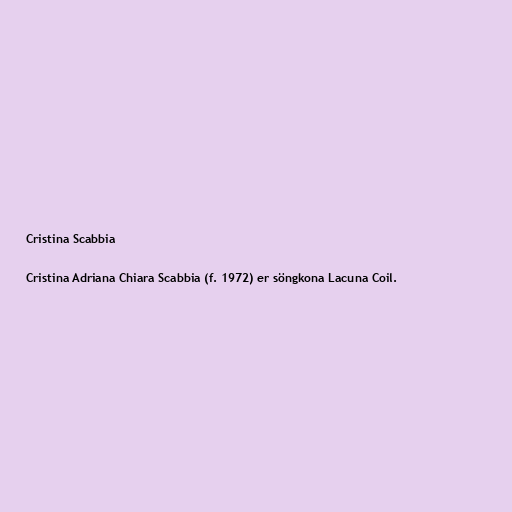
Cristina Scabbia

Cristina Adriana Chiara Scabbia (f. 1972) er söngkona Lacuna Coil.